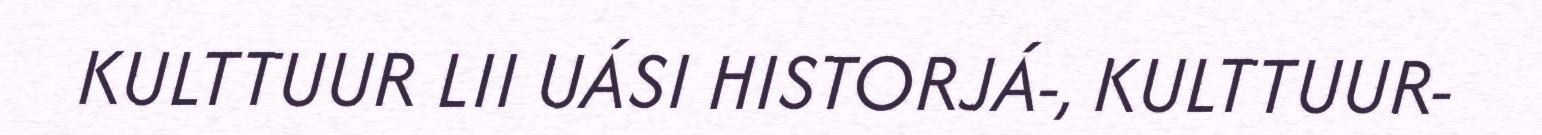
KULTTUUR LII UÁSI HISTORJÁ-, KULTTUUR-